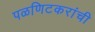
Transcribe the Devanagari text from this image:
पळणिटकरांची